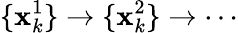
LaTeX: \{ \textbf{x}_{k}^{1}\} \rightarrow\{ \textbf{x}_{k}^{2}\} \rightarrow\cdots